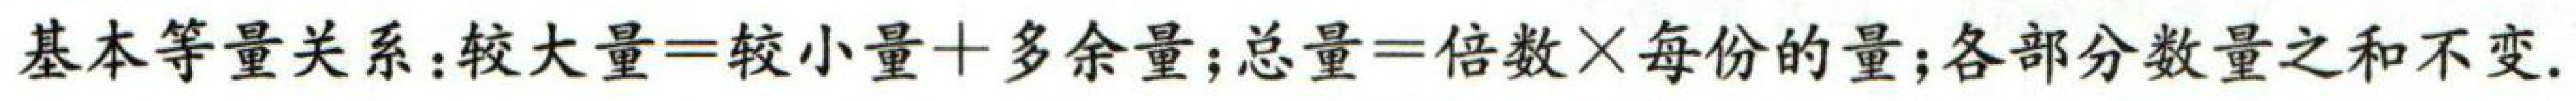
基本等量关系:较大量=较小量+多余量;总量=倍数×每份的量;各部分数量之和不变.